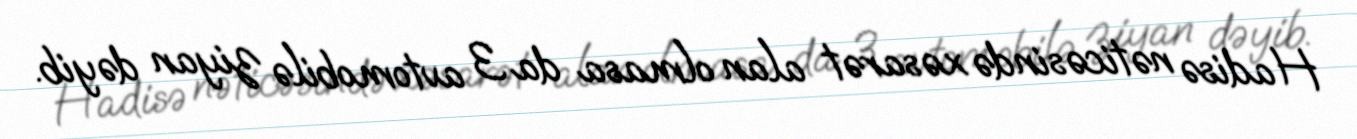
Hadisə nəticəsində xəsarət alan olmasa da 3 avtomobilə ziyan dəyib.